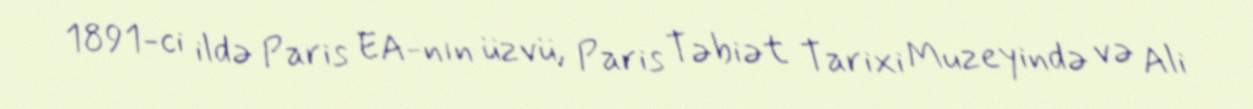
1891-ci ildə Paris EA-nın üzvü, Paris Təbiət Tarixi Muzeyində və Ali